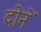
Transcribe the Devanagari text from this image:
दोनें